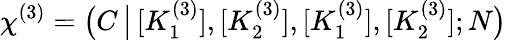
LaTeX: \chi^{(3)}=\big(C\, \big|\, [K_{1}^{(3)}],[K_{2}^{(3)}],[K_{1}^{(3)}],[K_{2}^{(3)}];N\big)